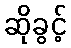
ဆိုခွင့်